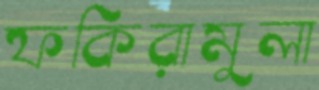
ফকিরামুলা